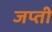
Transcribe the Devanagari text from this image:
जप्‍ती